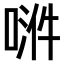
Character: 𫪿